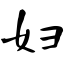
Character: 妇